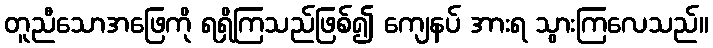
တူညီသောအဖြေကို ရရှိကြသည်ဖြစ်၍ ကျေနပ် အားရ သွားကြလေသည်။